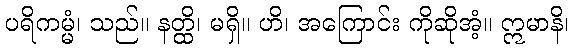
ပရိကမ္မံ၊ သည်။ နတ္ထိ၊ မရှိ။ ဟိ၊ အကြောင်း ကိုဆိုအံ့။ ဣမာနိ၊